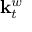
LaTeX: \mathbf { k } _ { t } ^ { w }